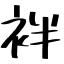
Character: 袢